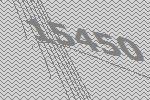
15450